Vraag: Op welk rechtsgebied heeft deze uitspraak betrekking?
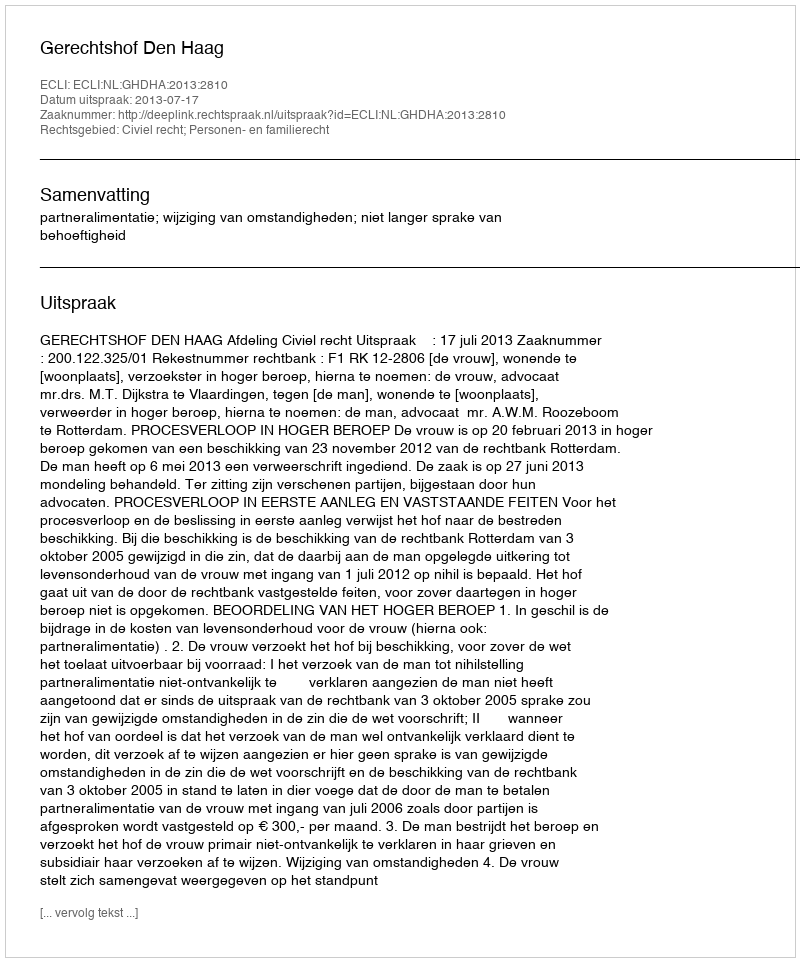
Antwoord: Civiel recht; Personen- en familierecht